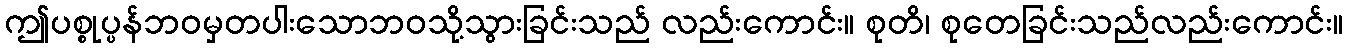
ဤပစ္စုပ္ပန်ဘဝမှတပါးသောဘဝသို့သွားခြင်းသည် လည်းကောင်း။ စုတိ၊ စုတေခြင်းသည်လည်းကောင်း။